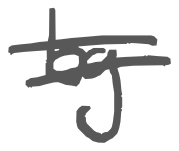
Text: by
Cross-out: mix
Writing tool: digital_gray